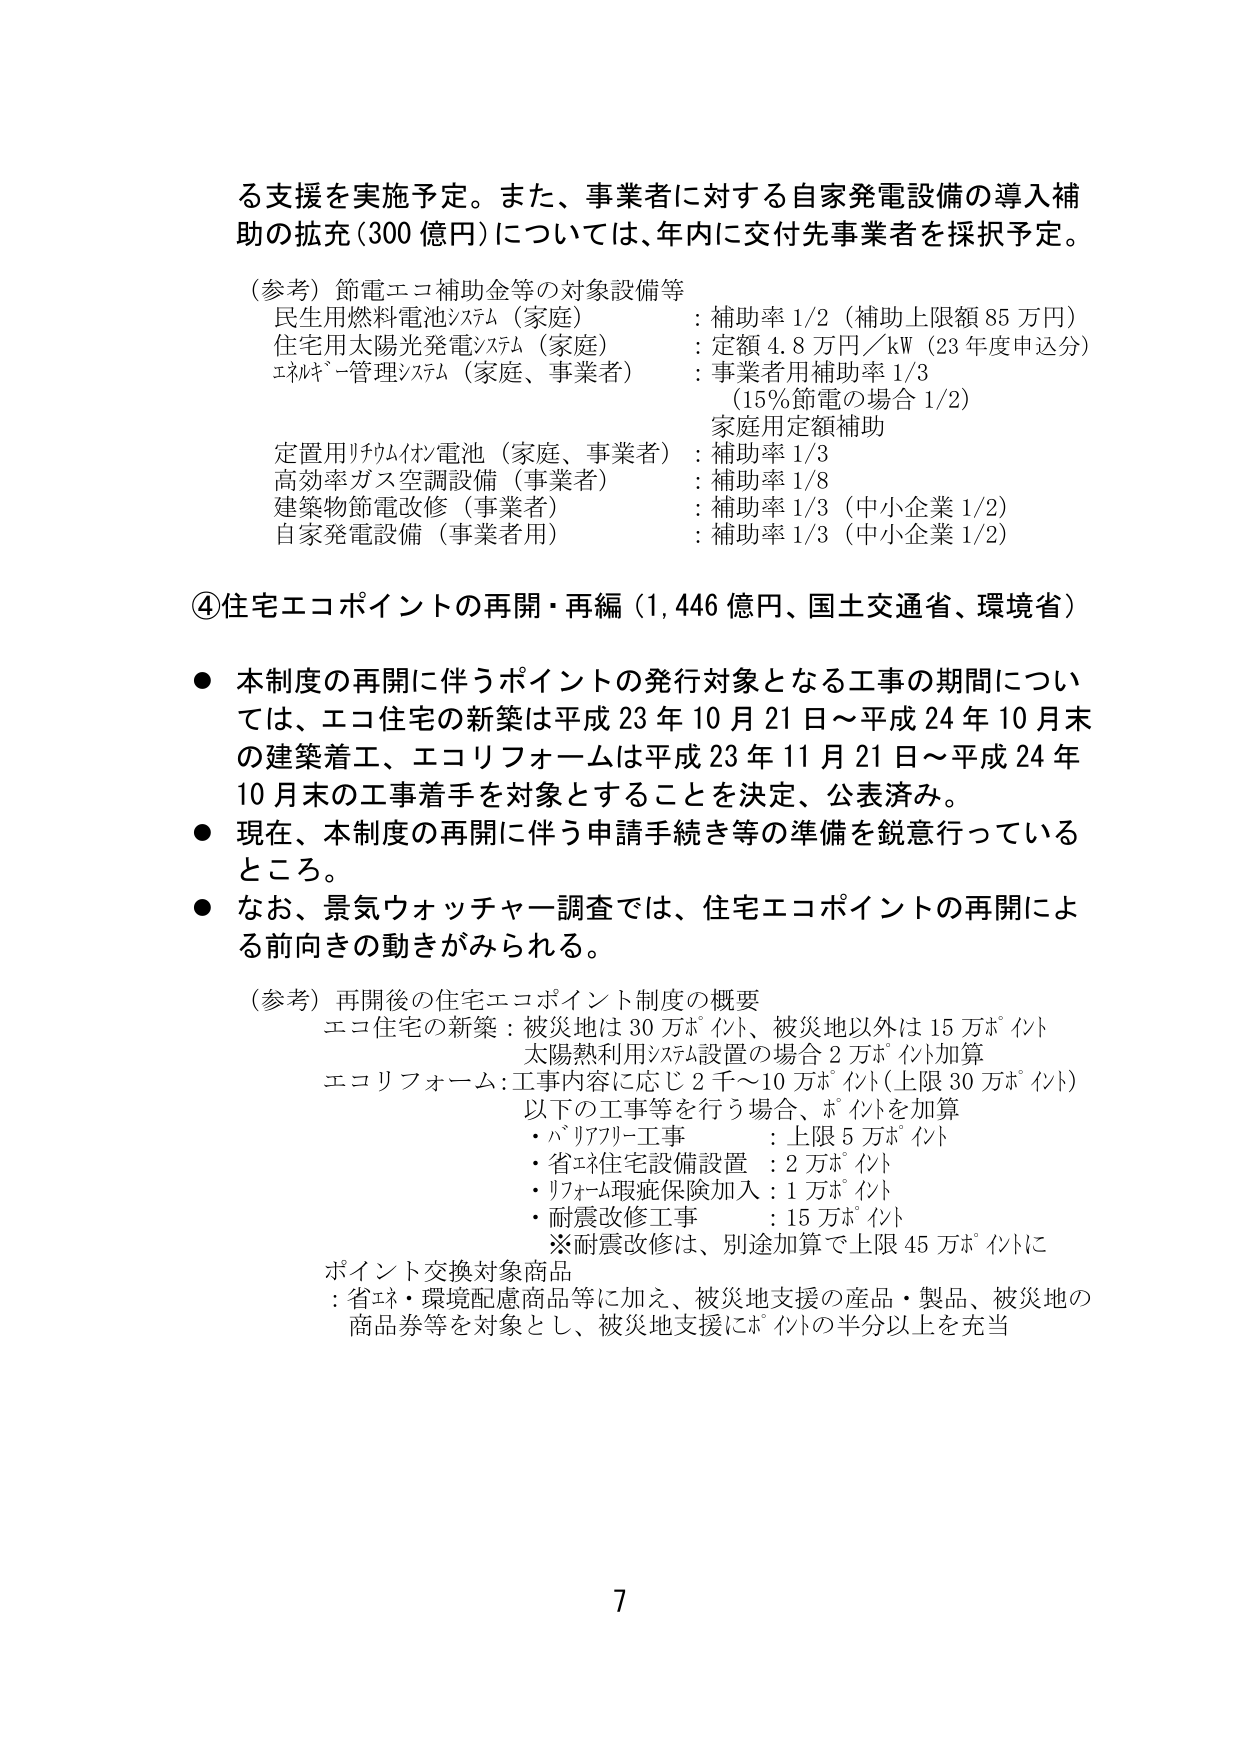
る支援を実施予定。また、事業者に対する自家発電設備の導入補助の拡充（300億円）については、年内に交付先事業者を採択予定。

（参考）節電エコ補助金等の対象設備等
　民生用燃料電池システム（家庭）：補助率1/2（補助上限額85万円）
　住宅用太陽光発電システム（家庭）：定額4.8万円／kW（23年度申込分）
　エネルギー管理システム（家庭、事業者）：事業者用補助率1/3
　　　　　　　　　　　　　　　　　　（15％節電の場合1/2）
　　　　　　　　　　　　　　　　　　家庭用定額補助
　定置用リチウムイオン電池（家庭、事業者）：補助率1/3
　高効率ガス空調設備（事業者）：補助率1/8
　建築物節電改修（事業者）：補助率1/3（中小企業1/2）
　自家発電設備（事業者用）：補助率1/3（中小企業1/2）

④住宅エコポイントの再開・再編（1,446億円、国土交通省、環境省）

● 本制度の再開に伴うポイントの発行対象となる工事の期間については、エコ住宅の新築は平成23年10月21日～平成24年10月末の建築着工、エコリフォームは平成23年11月21日～平成24年10月末の工事着手を対象とすることを決定、公表済み。

● 現在、本制度の再開に伴う申請手続き等の準備を鋭意行っているところ。

● なお、景気ウォッチャー調査では、住宅エコポイントの再開による前向きの動きがみられる。

（参考）再開後の住宅エコポイント制度の概要
　エコ住宅の新築：被災地は30万ポイント、被災地以外は15万ポイント
　　　　　　　　　太陽熱利用システム設置の場合2万ポイント加算
　エコリフォーム：工事内容に応じ2千～10万ポイント（上限30万ポイント）
　　　　　　　　　以下の工事等を行う場合、ポイントを加算
　　　・バリアフリー工事：上限5万ポイント
　　　・省エネ住宅設備設置：2万ポイント
　　　・リフォーム瑕疵保険加入：1万ポイント
　　　・耐震改修工事：15万ポイント
　　　※耐震改修は、別途加算で上限45万ポイントに

　ポイント交換対象商品
　：省エネ・環境配慮商品等に加え、被災地支援の商品・製品、被災地の商品券等を対象とし、被災地支援にポイントの半分以上を充当

7